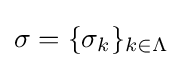
{\sigma }=\{\sigma _{k}\}_{k\in \Lambda }